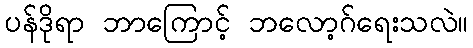
ပန်ဒိုရာ ဘာကြောင့် ဘလော့ဂ်ရေးသလဲ။